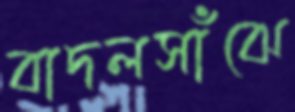
বাদলসাঁঝে